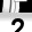
Digit: 2